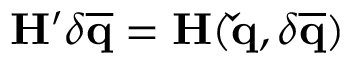
\mathbf { H } ^ { \prime } \delta \mathbf { \overline { { q } } } = \mathbf { H } ( \mathbf { \check { q } } , \delta \mathbf { \overline { { q } } } )